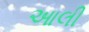
આલી